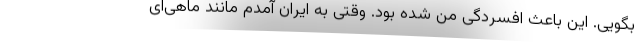
بگویی. این باعث افسردگی من شده بود. وقتی به ایران آمدم مانند ماهی‌ای